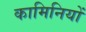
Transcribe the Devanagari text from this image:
कामिनियों